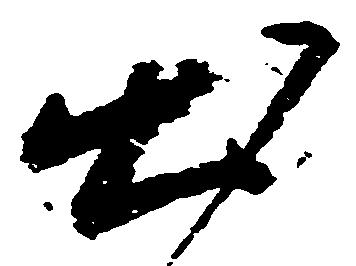
出